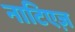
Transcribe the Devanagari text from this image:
नाटिएज़